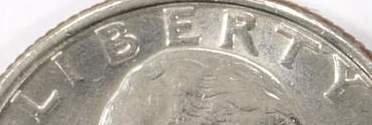
LIBERTY